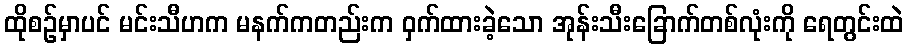
ထိုစဉ်မှာပင် မင်းသီဟက မနက်ကတည်းက ဝှက်ထားခဲ့သော အုန်းသီးခြောက်တစ်လုံးကို ရေတွင်းထဲ